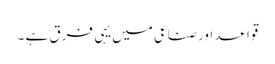
قواعد اور صناعی میں یہی فرق ہے ۔